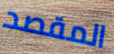
المقصد